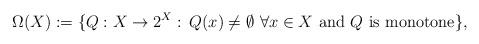
LaTeX: \begin{align*}\Omega(X):=\{Q:X\to 2^X: \,Q(x)\neq\emptyset\,\,\forall x\in X\,\,\textnormal{and}\,\,Q\,\,\textnormal{is monotone}\},\end{align*}